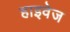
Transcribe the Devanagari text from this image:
हाइवेज